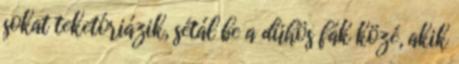
sokat teketóriázik, sétál be a dühös fák közé, akik